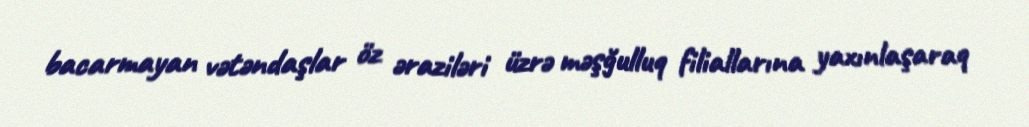
bacarmayan vətəndaşlar öz əraziləri üzrə məşğulluq filiallarına yaxınlaşaraq